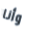
وأنا